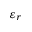
\varepsilon _ { r }